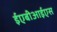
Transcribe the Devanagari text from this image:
ईएबीआईएस